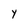
Character: y